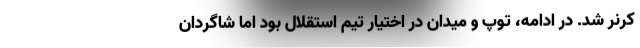
کرنر شد. در ادامه، توپ و میدان در اختیار تیم استقلال بود اما شاگردان